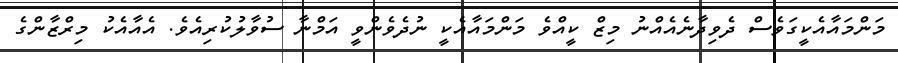
މަންމައާއެކީގަވެސް ދެވިދާނެއެއްނު މިޒް ކީއްވެ މަންމައާއެކީ ނުދެވެންވީ އަމްނާ ސުވާލުކުރިއެވެ. އެއާއެކު މިރްޒާންގެ